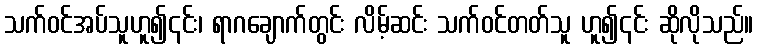
သက်ဝင်အပ်သူဟူ၍၎င်း၊ ရာဂချောက်တွင်း လိမ့်ဆင်း သက်ဝင်တတ်သူ ဟူ၍၎င်း ဆိုလိုသည်။